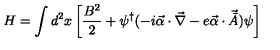
H = \int d ^ { 2 } x \left[ \frac { B ^ { 2 } } { 2 } + \psi ^ { \dag } ( - i { \vec { \alpha } } \cdot \vec { \nabla } - e { \vec { \alpha } } \cdot { \vec { { \bar { A } } } } ) \psi \right]